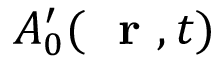
A _ { 0 } ^ { \prime } ( \mathrm { ~ \bf ~ r ~ } , t )